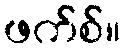
ဖက်စ်။